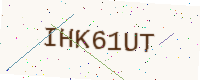
Text: IHK61UT